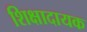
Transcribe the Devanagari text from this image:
शिक्षादायक